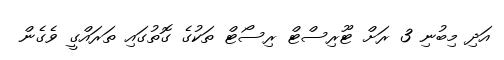
އަދި މިބުނި 3 ރަށް ޓޫރިސްޓް ރިސޯޓް ތަކުގެ ގޮތުގައި ތަރައްގީ ވެގެން